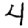
Digit: 4